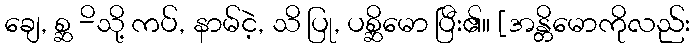
ချေ, စ္ဆ -ိသို့ ကပ်, နာမ်ငဲ့, သိ ပြု, ပစ္ဆိမော ပြီး၏။ [အန္တိမောကိုလည်း